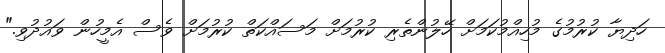
ހަދިޔާ ކުރުމުގެ މުހިއްމުކަމަށް ހޭލުންތެރި ކުރުމަށް މަސައްކަތް ކުރުމަށް ވެސް އެމީހުން ވައުދުވި."